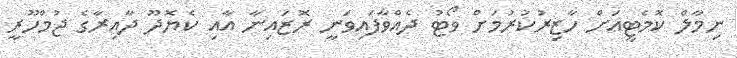
ނިމާލް ކޮމެޓީއަށް ހާޒިރުކުރުމަށް ވޯޓު ދެއްވާފައިވަނީ ރޮޒައިނާ އާއި ކެޔޮދޫ ދާއިރާގެ ޖުމްހޫރީ